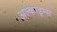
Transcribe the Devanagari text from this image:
अल्काइन्स